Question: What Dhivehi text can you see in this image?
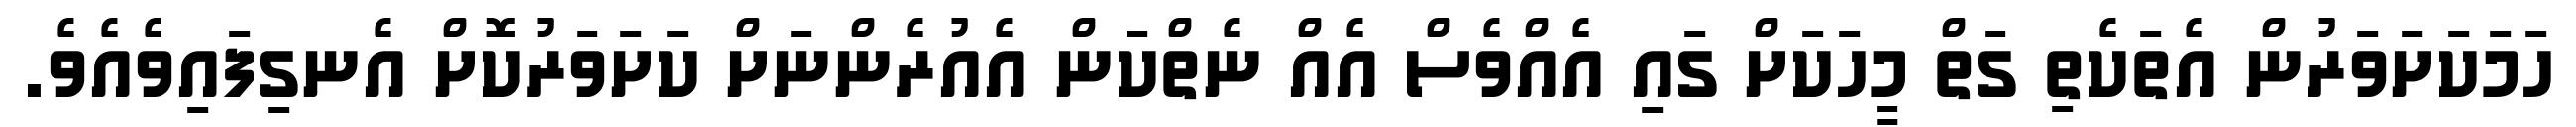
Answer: ހަމަކަށަވަރުން އެތަކެތި ގަތް މީހަކަށް ގައި އެއްވެސް އެއް ނެތްކަން އެއުރެންނަށް ކަށަވަރުކޮށް އެނގިފައިވެއެވެ.